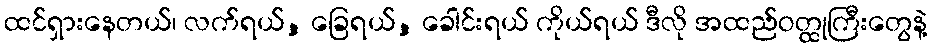
ထင်ရှားနေတယ်၊ လက်ရယ်, ခြေရယ်, ခေါင်းရယ် ကိုယ်ရယ် ဒီလို အထည်ဝတ္ထုကြီးတွေနဲ့